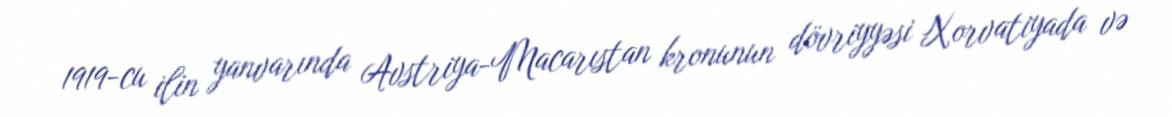
1919-cu ilin yanvarında Avstriya-Macarıstan kronunun dövriyyəsi Xorvatiyada və